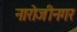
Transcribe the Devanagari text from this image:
नारोजीनगर